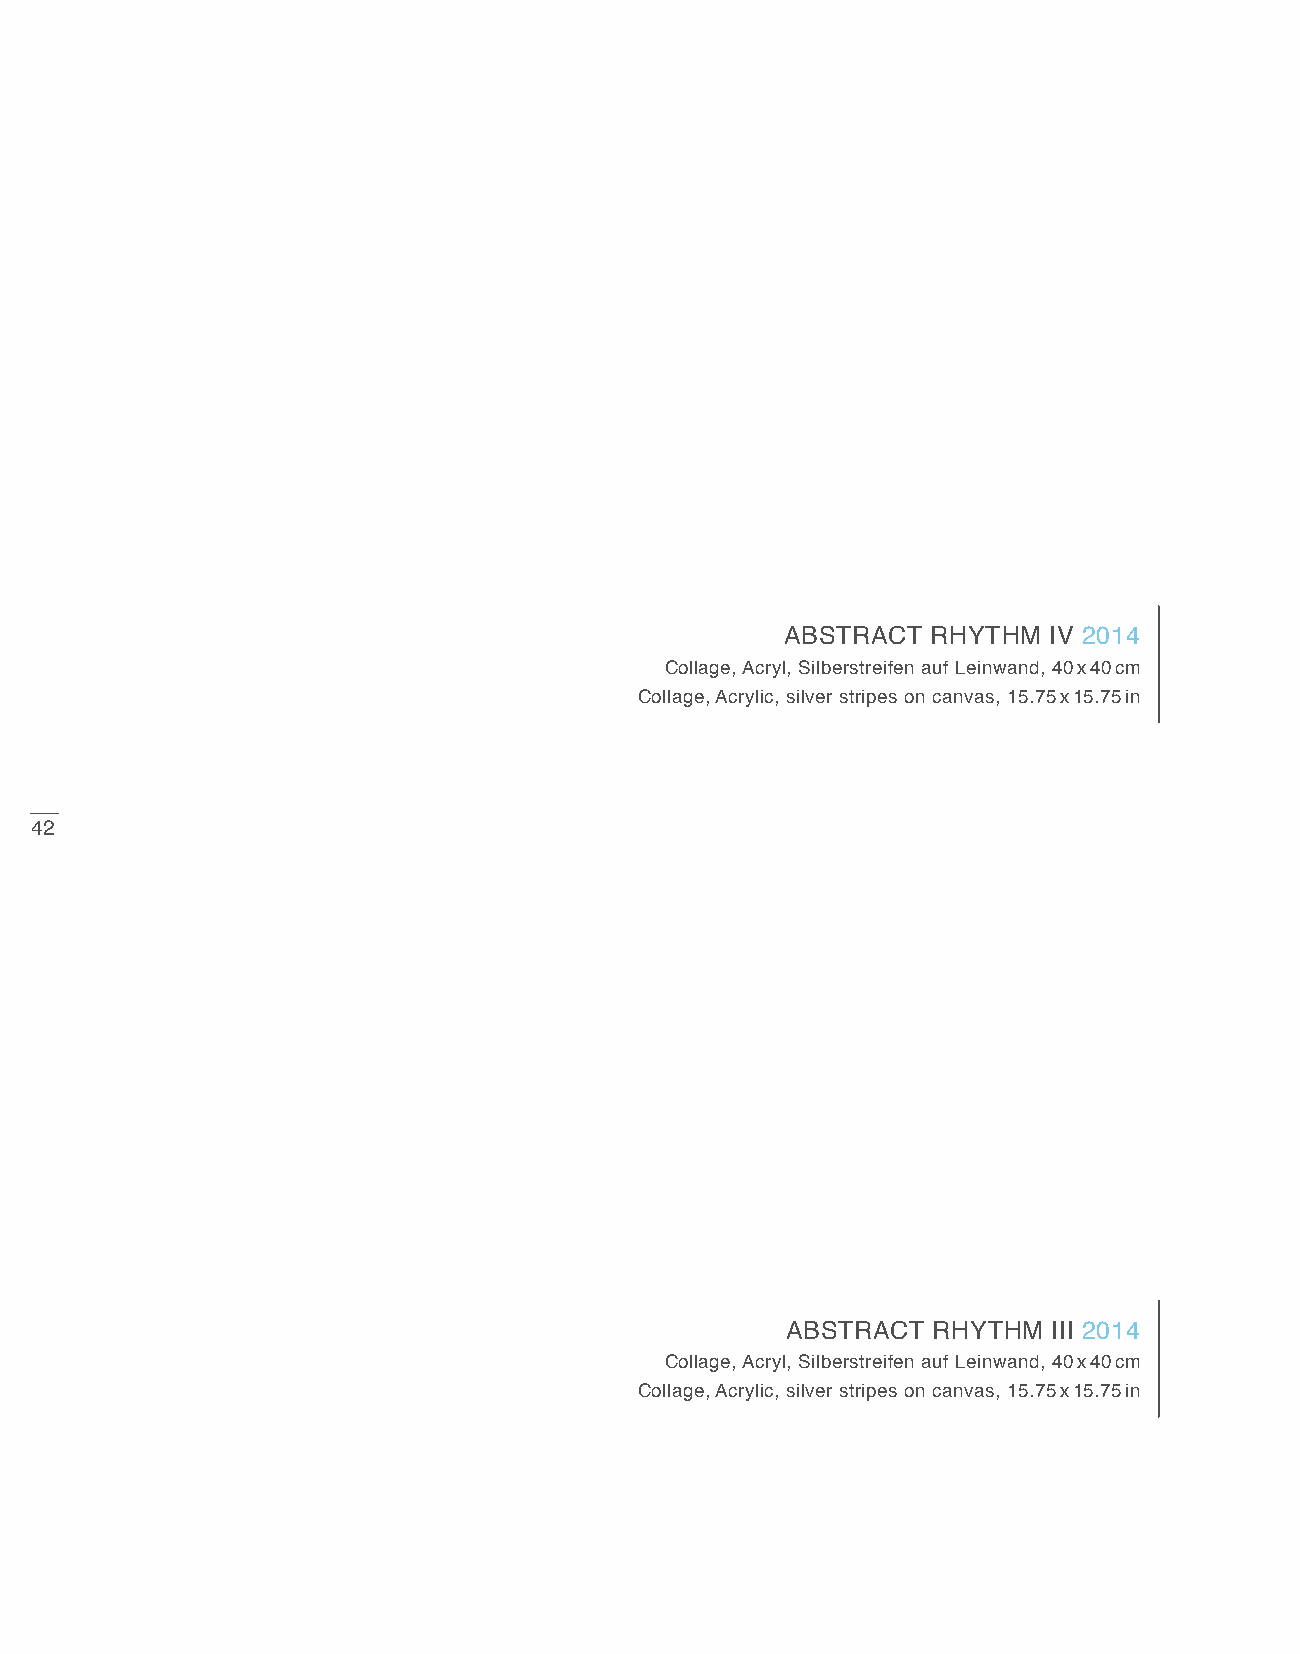
ABStRACt  RHYtHm IV 2014
 Collage, Acryl, Silberstreifen auf Leinwand, 40 x 40 cm
 Collage, Acrylic, silver stripes on canvas, 15.75 x 15.75 in
 42
 ABStRACt  RHYtHm III 2014
 Collage, Acryl, Silberstreifen auf Leinwand, 40 x 40 cm
 Collage, Acrylic, silver stripes on canvas, 15.75 x 15.75 in